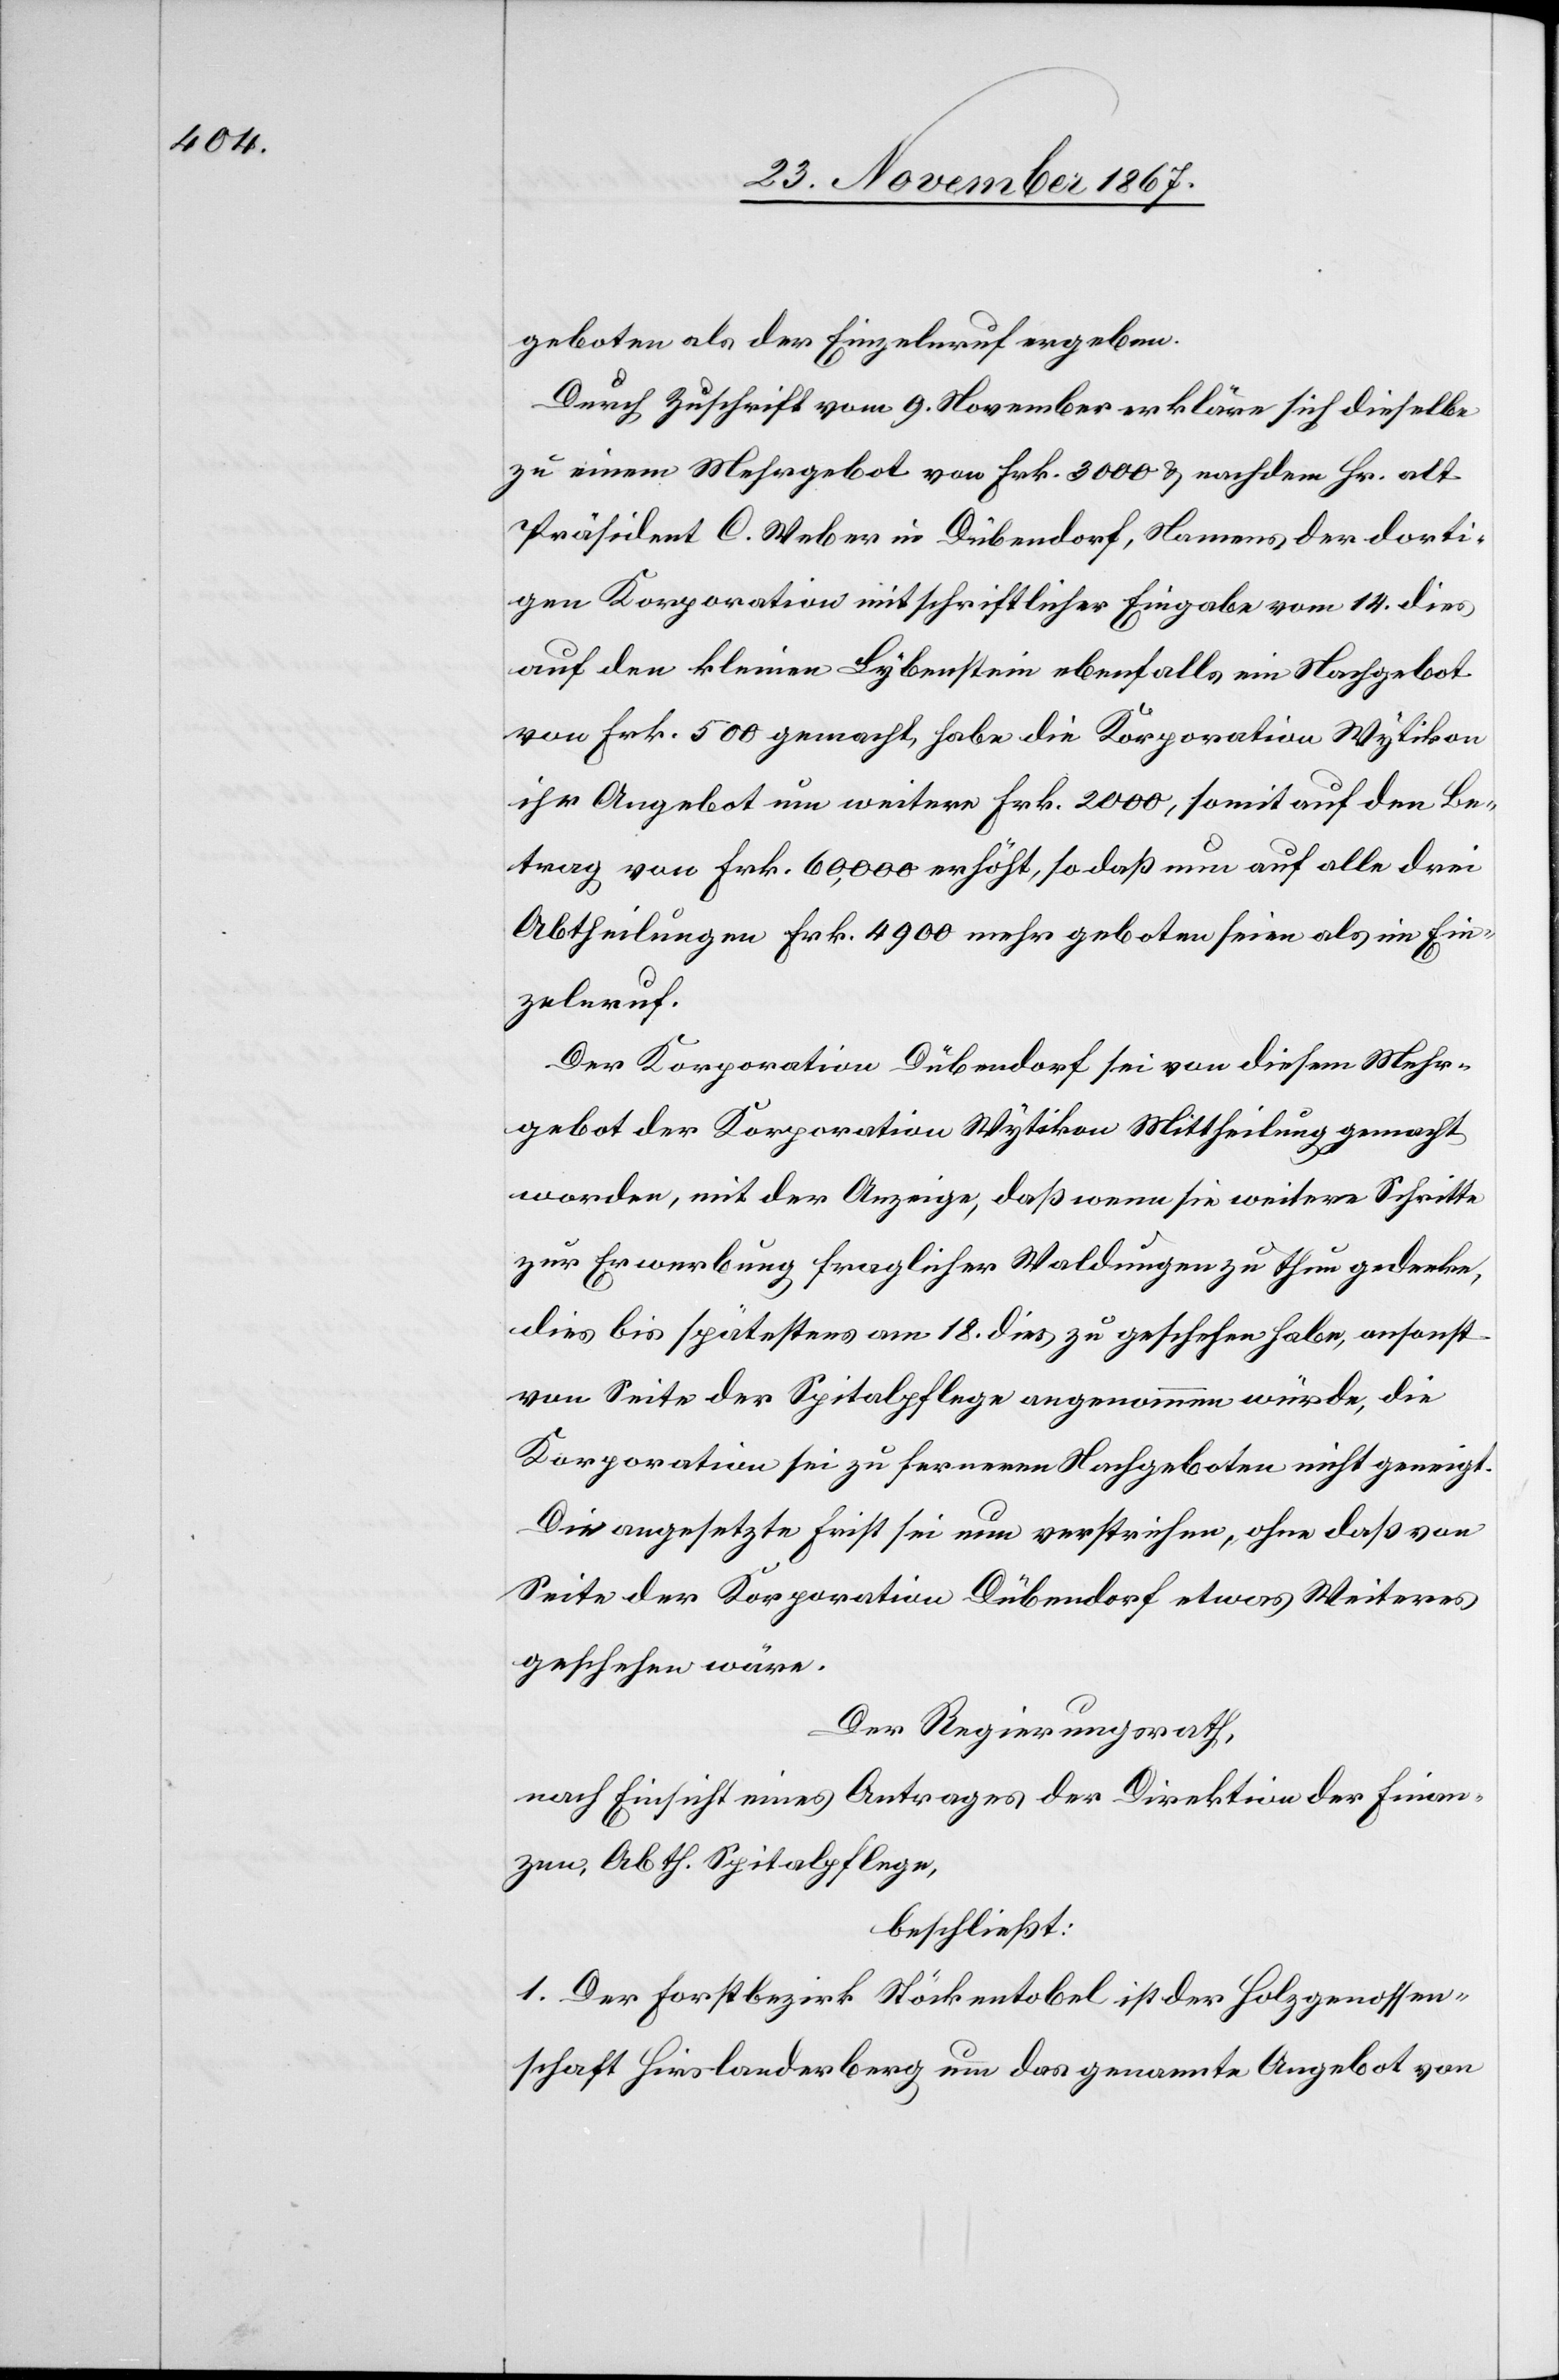
geboten als der Einzelnruf ergeben.
Durch Zuschrift vom 9. November erkläre sich dieselbe
zu einem Mehrgebot von Frk. 3000 u. nachdem Hr. alt
Präsident C. Weber in Dübendorf, Namens der dorti¬
gen Korporation mit schriftlicher Eingabe vom 14. dies
auf den kleinen Lybenstein ebenfalls ein Nachgebot
von Frk. 500 gemacht, habe die Korporation Wytikon
ihr Angebot um weitere Frk. 2000, somit auf den Be¬
trag von Frk. 60 000 erhöht, so daß nun auf alle drei
Abtheilungen Frk. 4900 mehr geboten sei als im Ein¬
zelnruf.
Der Korporation Dübendorf sei von diesem Mehr¬
gebot der Korporation Wytikon Mittheilung gemacht
worden, mit der Anzeige, daß wenn sie weitere Schritte
zur Erwerbung fraglicher Waldungen zu thun gedenke,
dies bis spätestens am 18. dies zu geschehen habe, ansonsten
von Seite der Spitalpflege angenommen würde, die
Korporation sei zu ferneren Nachgeboten nicht geneigt.
Die angesetzt Frist sei nun verstrichen, ohne daß von
Seite der Korporation Dübendorf etwas Weiteres
geschehen wäre.
Der Regierungsrath,
nach Einsicht eines Antrages der Direktion der Finan¬
zen, Abth. Spitalpflege,
beschließt:
1. Der Forstbezirk Stöckentobel ist der Holzgenossen¬
schaft Hirslanden um das genannte Angebot von